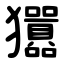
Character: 㺧